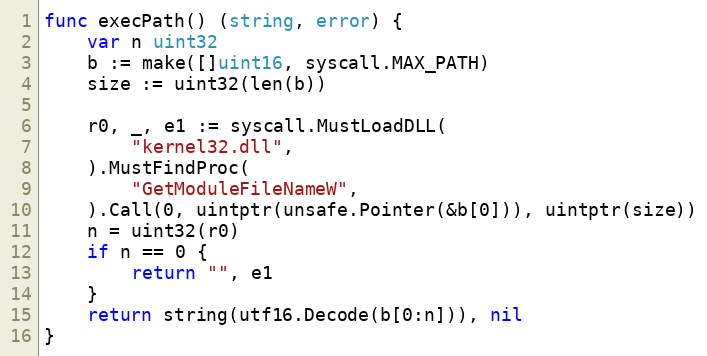
Language: Go
func execPath() (string, error) {
	var n uint32
	b := make([]uint16, syscall.MAX_PATH)
	size := uint32(len(b))

	r0, _, e1 := syscall.MustLoadDLL(
		"kernel32.dll",
	).MustFindProc(
		"GetModuleFileNameW",
	).Call(0, uintptr(unsafe.Pointer(&b[0])), uintptr(size))
	n = uint32(r0)
	if n == 0 {
		return "", e1
	}
	return string(utf16.Decode(b[0:n])), nil
}